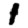
Digit: 1